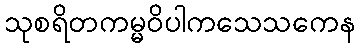
သုစရိတကမ္မဝိပါကသေသကေန